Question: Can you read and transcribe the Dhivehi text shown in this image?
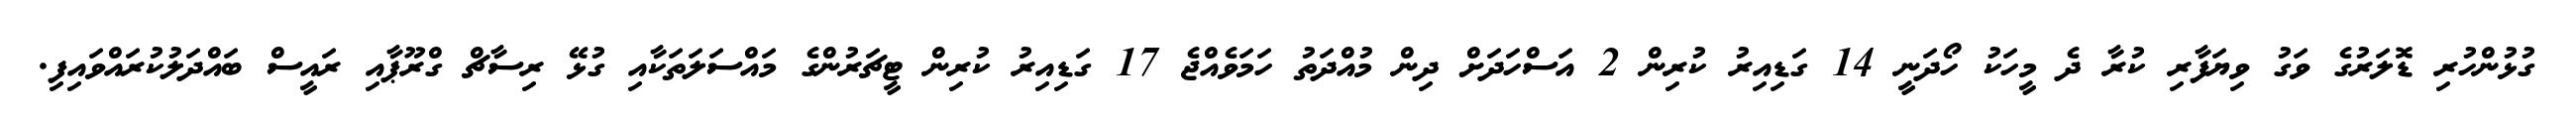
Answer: ގުޅުންހުރި ޑޮލަރުގެ ވަގު ވިޔަފާރި ކުރާ ދެ މީހަކު ހޯދަނީ 14 ގަޑިއިރު ކުރިން 2 އަސްހަދަށް ދިން މުއްދަތު ހަމަވެއްޖެ 17 ގަޑިއިރު ކުރިން ޓީޗަރުންގެ މައްސަލަތަކާއި ގުޅޭ ރިސާޗް ގްރޫޕާއި ރައީސް ބައްދަލުކުރައްވައިފި.